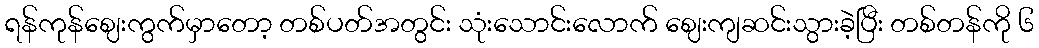
ရန်ကုန်ဈေးကွက်မှာတော့ တစ်ပတ်အတွင်း သုံးသောင်းလောက် ဈေးကျဆင်းသွားခဲ့ပြီး တစ်တန်ကို ၆